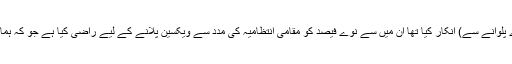
جن لوگوں نے (بچوں کو قطرے پلوانے سے) انکار کیا تھا ان میں سے نوے فیصد کو مقامی انتظامیہ کی مدد سے ویکسین پلانے کے لیے راضی کیا ہے جو کہ ہماری ایک بہت بڑی کامیابی ہے۔